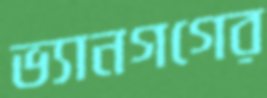
ভ্যানগগের